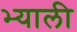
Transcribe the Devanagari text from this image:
भ्याली